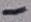
Text: -